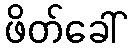
ဖိတ်ခေါ်